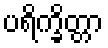
ပရိက္ခိတ္တာ